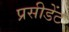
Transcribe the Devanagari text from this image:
प्रसीडेंट